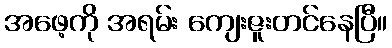
အဖေ့ကို အရမ်း ကျေးဇူးတင်နေပြီ။